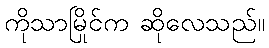
ကိုသာမြိုင်က ဆိုလေသည်။